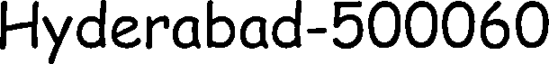
Hyderabad-500060